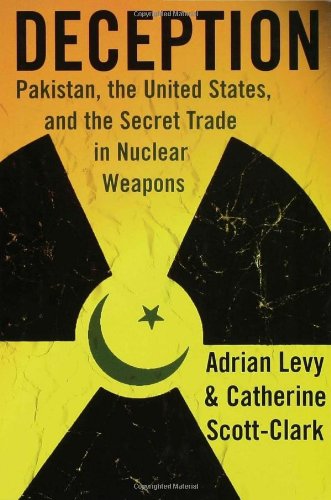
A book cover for Deception: Pakistan, the United States, and the Secret Trade in Nuclear Weapons; Adrian Levy; History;